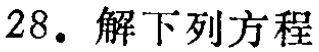
28. 解下列方程